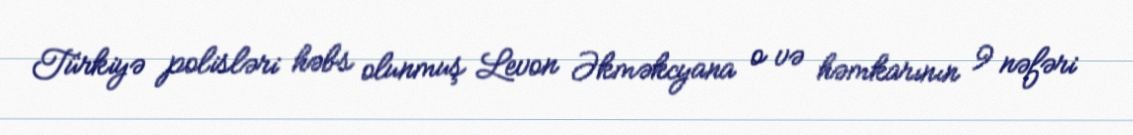
Türkiyə polisləri həbs olunmuş Levon Əkməkcyana o və həmkarının 9 nəfəri